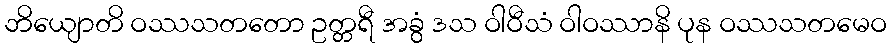
ဘိယျောတိ ဝဿသတတော ဥတ္တရီ အခွံ ဒသ ဝါဝီသံ ဝါဝဿာနိ ပုန ဝဿသတမေဝ